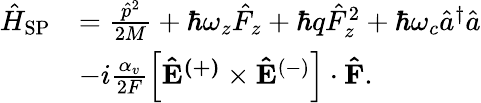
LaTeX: \begin{array}{rl}{\hat{H}_{\mathrm{SP}}}&{=\frac{\hat{p}^{2}}{2M}+\hbar\omega_{z}\hat{F}_{z}+\hbar q\hat{F}_{z}^{2}+\hbar\omega_{c}\hat{a}^{\dagger}\hat{a}}\\ &{-i\frac{\alpha_{v}}{2F}\left[\mathbf{\hat{E}^{(+)}}\times\mathbf{\hat{E}}^{(-)}\right]\cdot\mathbf{\hat{F}}.}\end{array}